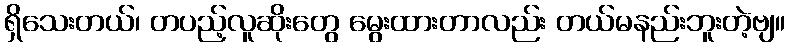
ရှိသေးတယ်၊ တပည့်လူဆိုးတွေ မွေးထားတာလည်း တယ်မနည်းဘူးတဲ့ဗျ။